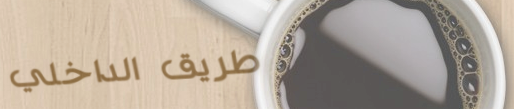
طريق الداخلي